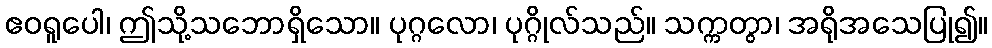
ဧဝရူပေါ၊ ဤသို့သဘောရှိသော။ ပုဂ္ဂလော၊ ပုဂ္ဂိုလ်သည်။ သက္ကတွာ၊ အရိုအသေပြု၍။